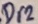
Text: Dr2